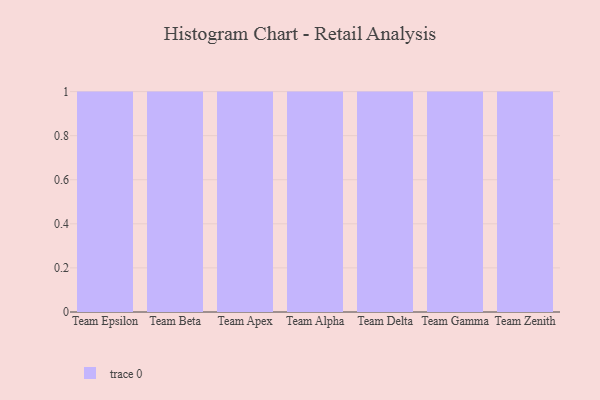
{"axis": {"x": "Team", "y": "Shipments"}, "legend": [""], "data": [{"x": "Team Epsilon", "y": 99, "type": ""}, {"x": "Team Beta", "y": 55, "type": ""}, {"x": "Team Apex", "y": 10, "type": ""}, {"x": "Team Alpha", "y": 45, "type": ""}, {"x": "Team Delta", "y": 6, "type": ""}, {"x": "Team Gamma", "y": 84, "type": ""}, {"x": "Team Zenith", "y": 30, "type": ""}]}